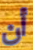
أن